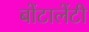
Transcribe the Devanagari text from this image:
बोंटालेंटी